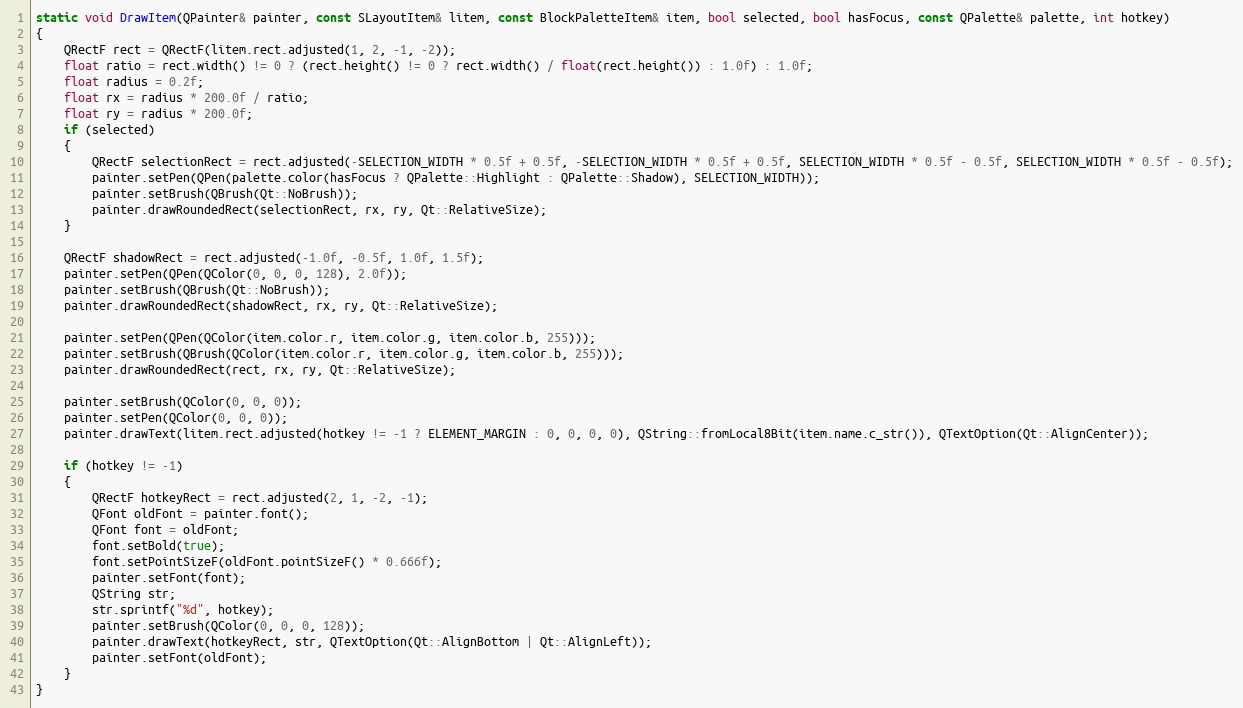
Language: C++
static void DrawItem(QPainter& painter, const SLayoutItem& litem, const BlockPaletteItem& item, bool selected, bool hasFocus, const QPalette& palette, int hotkey)
{
	QRectF rect = QRectF(litem.rect.adjusted(1, 2, -1, -2));
	float ratio = rect.width() != 0 ? (rect.height() != 0 ? rect.width() / float(rect.height()) : 1.0f) : 1.0f;
	float radius = 0.2f;
	float rx = radius * 200.0f / ratio;
	float ry = radius * 200.0f;
	if (selected)
	{
		QRectF selectionRect = rect.adjusted(-SELECTION_WIDTH * 0.5f + 0.5f, -SELECTION_WIDTH * 0.5f + 0.5f, SELECTION_WIDTH * 0.5f - 0.5f, SELECTION_WIDTH * 0.5f - 0.5f);
		painter.setPen(QPen(palette.color(hasFocus ? QPalette::Highlight : QPalette::Shadow), SELECTION_WIDTH));
		painter.setBrush(QBrush(Qt::NoBrush));
		painter.drawRoundedRect(selectionRect, rx, ry, Qt::RelativeSize);
	}

	QRectF shadowRect = rect.adjusted(-1.0f, -0.5f, 1.0f, 1.5f);
	painter.setPen(QPen(QColor(0, 0, 0, 128), 2.0f));
	painter.setBrush(QBrush(Qt::NoBrush));
	painter.drawRoundedRect(shadowRect, rx, ry, Qt::RelativeSize);

	painter.setPen(QPen(QColor(item.color.r, item.color.g, item.color.b, 255)));
	painter.setBrush(QBrush(QColor(item.color.r, item.color.g, item.color.b, 255)));
	painter.drawRoundedRect(rect, rx, ry, Qt::RelativeSize);

	painter.setBrush(QColor(0, 0, 0));
	painter.setPen(QColor(0, 0, 0));
	painter.drawText(litem.rect.adjusted(hotkey != -1 ? ELEMENT_MARGIN : 0, 0, 0, 0), QString::fromLocal8Bit(item.name.c_str()), QTextOption(Qt::AlignCenter));

	if (hotkey != -1)
	{
		QRectF hotkeyRect = rect.adjusted(2, 1, -2, -1);
		QFont oldFont = painter.font();
		QFont font = oldFont;
		font.setBold(true);
		font.setPointSizeF(oldFont.pointSizeF() * 0.666f);
		painter.setFont(font);
		QString str;
		str.sprintf("%d", hotkey);
		painter.setBrush(QColor(0, 0, 0, 128));
		painter.drawText(hotkeyRect, str, QTextOption(Qt::AlignBottom | Qt::AlignLeft));
		painter.setFont(oldFont);
	}
}